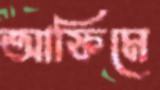
আফিমে